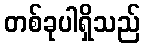
တစ်ခုပါရှိသည်